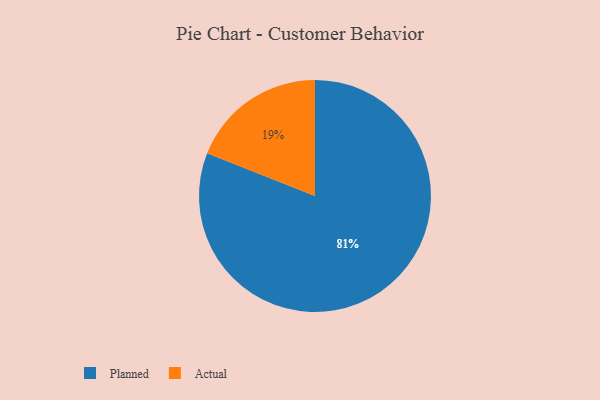
{"axis": {"x": "Category", "y": "Percentage"}, "legend": ["Actual", "Planned"], "data": [{"x": "Actual", "y": 19, "type": "Actual"}, {"x": "Planned", "y": 81, "type": "Planned"}]}